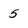
Character: 5